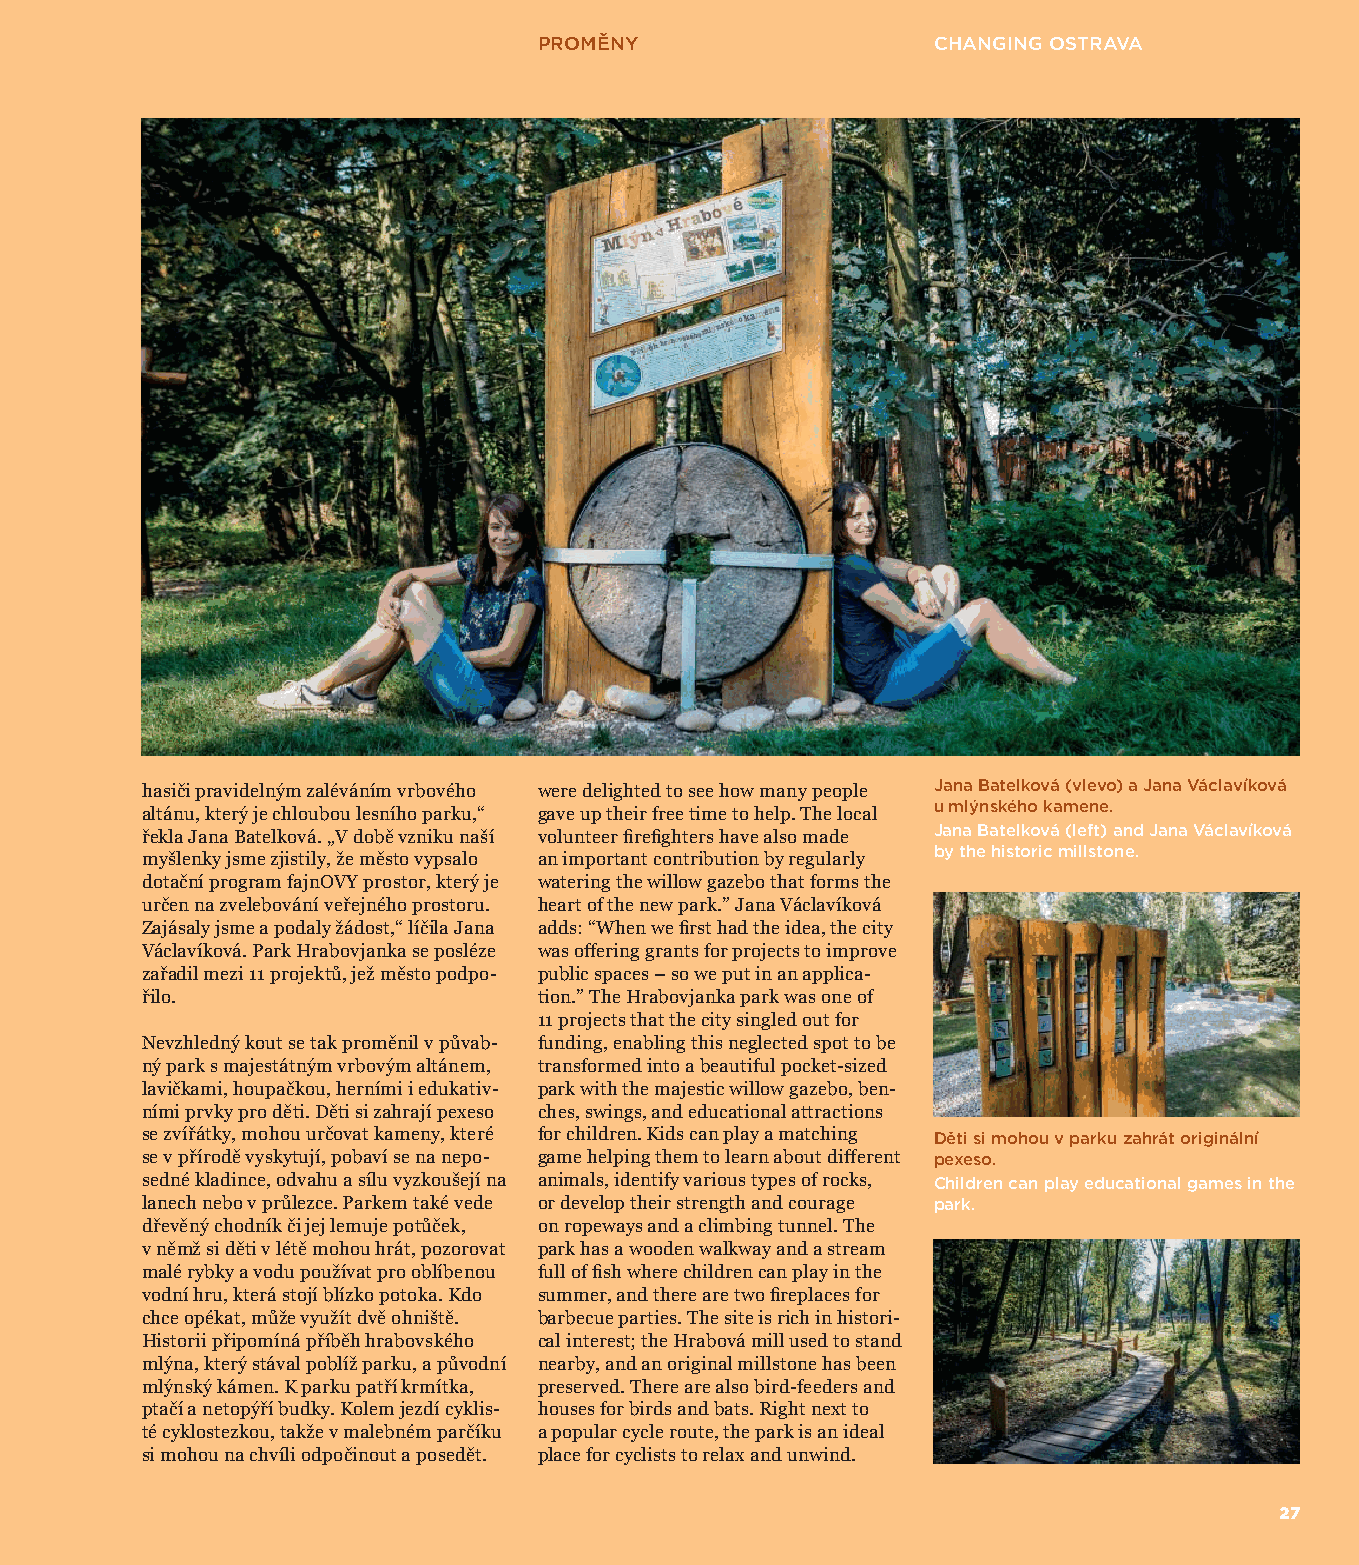
PROMĚNY                   CHANGING OSTRAVA
 hasiči pravidelným zaléváním vrbového were delighted to see how many people Jana B atelková (vlevo) a Jana Václavíková
 u mlýnského kamene.
 altánu, který je chloubou lesního parku,“ gave up their free time to help. The local
 řekla Jana Batelková. „V době vzniku naší volunteer fi refi ghters have also made Jana Batelková (left) and Jana Václavíková
 by the historic millstone.
 myšlenky jsme zjistily, že město vypsalo an important contribution by regularly
 dotační program fajnOVY prostor, který je watering the willow gazebo that forms the
 určen na zvelebování veřejného prostoru. heart of the new park.” Jana Václavíková
 Zajásaly jsme a podaly žádost,“ líčila Jana adds: “When we fi rst had the idea, the city
 Václavíková. Park Hrabovjanka se posléze was offering grants for projects to improve
 zařadil mezi 11 projektů, jež město podpo- public spaces – so we put in an applica-
 řilo.                      tion.” The Hrabovjanka park was one of
 11 projects that the city singled out for
 Nevzhledný kout se tak proměnil v půvab- funding, enabling this neglected spot to be
 ný park s majestátným vrbovým altánem, transformed into a beautiful pocket-sized
 lavičkami, houpačkou, herními i edukativ- park with the majestic willow gazebo, ben-
 ními prvky pro děti. Děti si zahrají pexeso ches, swings, and educational attractions
 se zvířátky, mohou určovat kameny, které for children. Kids can play a matching Děti si mohou v parku zahrát originální
 se v přírodě vyskytují, pobaví se na nepo- game helping them to learn about different pexeso.
 sedné kladince, odvahu a sílu vyzkoušejí na animals, identify various types of rocks, Children can play educational games in the
 lanech nebo v průlezce. Parkem také vede or develop their strength and courage park.
 dřevěný chodník či jej lemuje potůček, on ropeways and a climbing tunnel. The
 v němž si děti v létě mohou hrát, pozorovat park has a wooden walkway and a stream
 malé rybky a vodu používat pro oblíbenou full of fi sh where children can play in the
 vodní hru, která stojí blízko potoka. Kdo summer, and there are two fi replaces for
 chce opékat, může využít dvě ohniště. barbecue parties. The site is rich in histori-
 Historii připomíná příběh hrabovského cal interest; the Hrabová mill used to stand
 mlýna, který stával poblíž parku, a původní nearby, and an original millstone has been
 mlýnský kámen. K parku patří krmítka, preserved. There are also bird-feeders and
 ptačí a netopýří budky. Kolem jezdí cyklis- houses for birds and bats. Right next to
 té cyklostezkou, takže v malebném parčíku a popular cycle route, the park is an ideal
 si mohou na chvíli odpočinout a posedět. place for cyclists to relax and unwind.
 2277